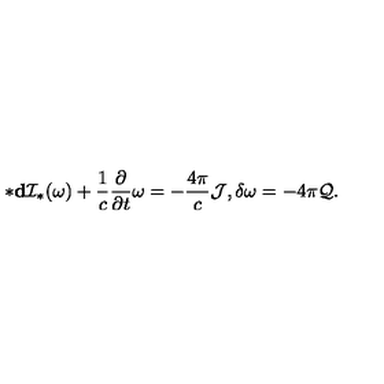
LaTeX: * { \bf d } { \cal I } _ { * } ( \omega ) + \frac { 1 } { c } \frac { \partial } { \partial t } \omega = - \frac { 4 \pi } { c } { \cal J } , \delta \omega = - 4 \pi { \cal Q } .